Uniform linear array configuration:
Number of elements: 8
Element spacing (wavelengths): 0.5
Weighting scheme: exponential
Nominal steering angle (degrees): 45
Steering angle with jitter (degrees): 43.948
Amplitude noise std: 0.05
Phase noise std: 0.05

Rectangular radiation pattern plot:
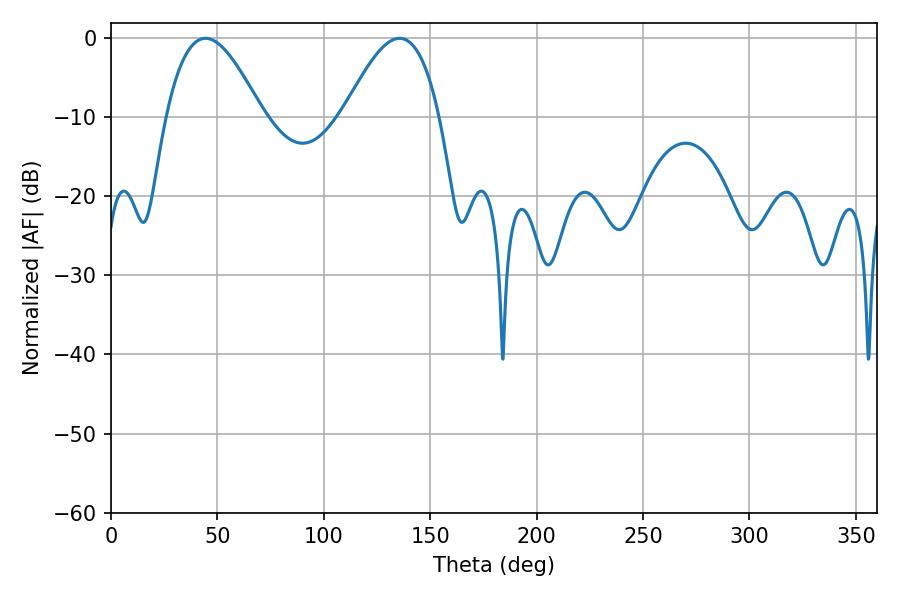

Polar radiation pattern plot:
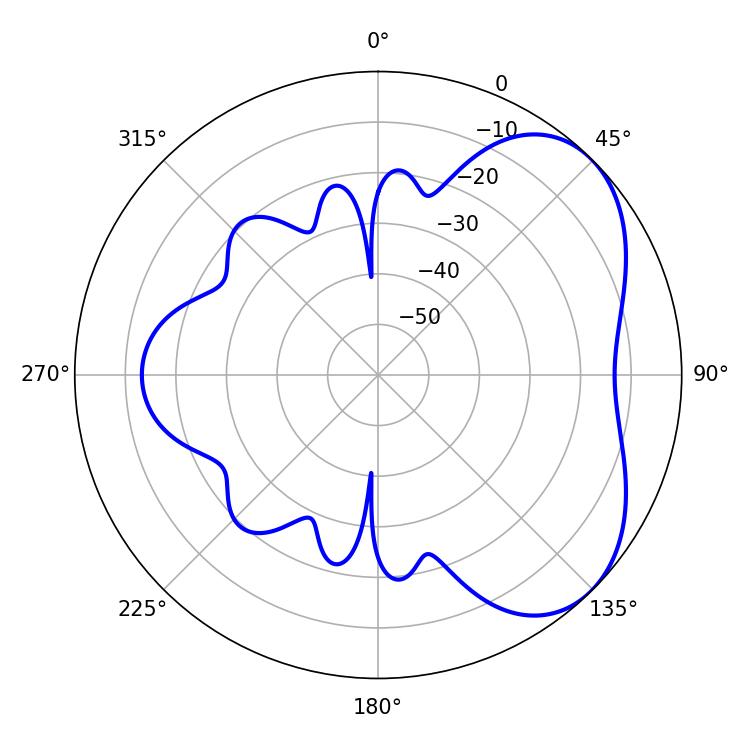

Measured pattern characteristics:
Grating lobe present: FALSE
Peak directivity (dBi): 4.789
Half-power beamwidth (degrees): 24.48
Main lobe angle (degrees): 44.46